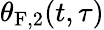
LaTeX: \theta_{\mathrm{F},2}(t,\tau)